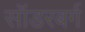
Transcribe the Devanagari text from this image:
सॉडरबर्ग